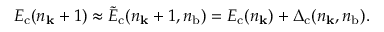
E _ { \mathrm { c } } ( n _ { \mathbf k } + 1 ) \approx \tilde { E } _ { \mathrm { c } } ( n _ { \mathbf k } + 1 , { n } _ { \mathrm { b } } ) = E _ { \mathrm { c } } ( n _ { \mathbf k } ) + \Delta _ { \mathrm { c } } ( n _ { \mathbf k } , { n } _ { \mathrm { b } } ) .